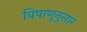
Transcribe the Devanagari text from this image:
विषाणूनुसार